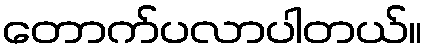
တောက်ပလာပါတယ်။